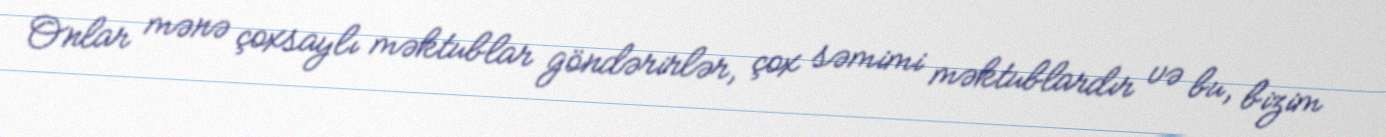
Onlar mənə çoxsaylı məktublar göndərirlər, çox səmimi məktublardır və bu, bizim